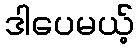
ဒါပေမယ့်